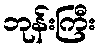
ဘုန်းကြီး